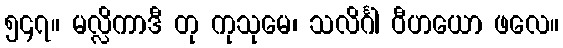
၅၄၇။ မလ္လိကာဒီ တု ကုသုမေ၊ သလိင်္ဂါ ဝီဟယော ဖလေ။